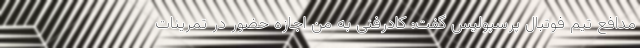
مدافع تیم فوتبال پرسپولیس گفت: کادرفنی به من اجازه حضور در تمرینات